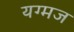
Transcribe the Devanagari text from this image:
यग्मज